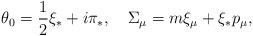
LaTeX: \begin{align*}\theta_0=\frac{1}{2}\xi_*+i\pi_*,\quad\Sigma_\mu=m\xi_\mu+\xi_* p_\mu,\end{align*}